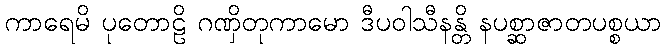
ကာရေမိ ပုတောဠိ ဂဏှိတုကာမော ဒီပဝါသီနန္တိ နပစ္ဆာဇာတပစ္စယာ